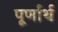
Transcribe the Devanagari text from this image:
पूर्णार्थ